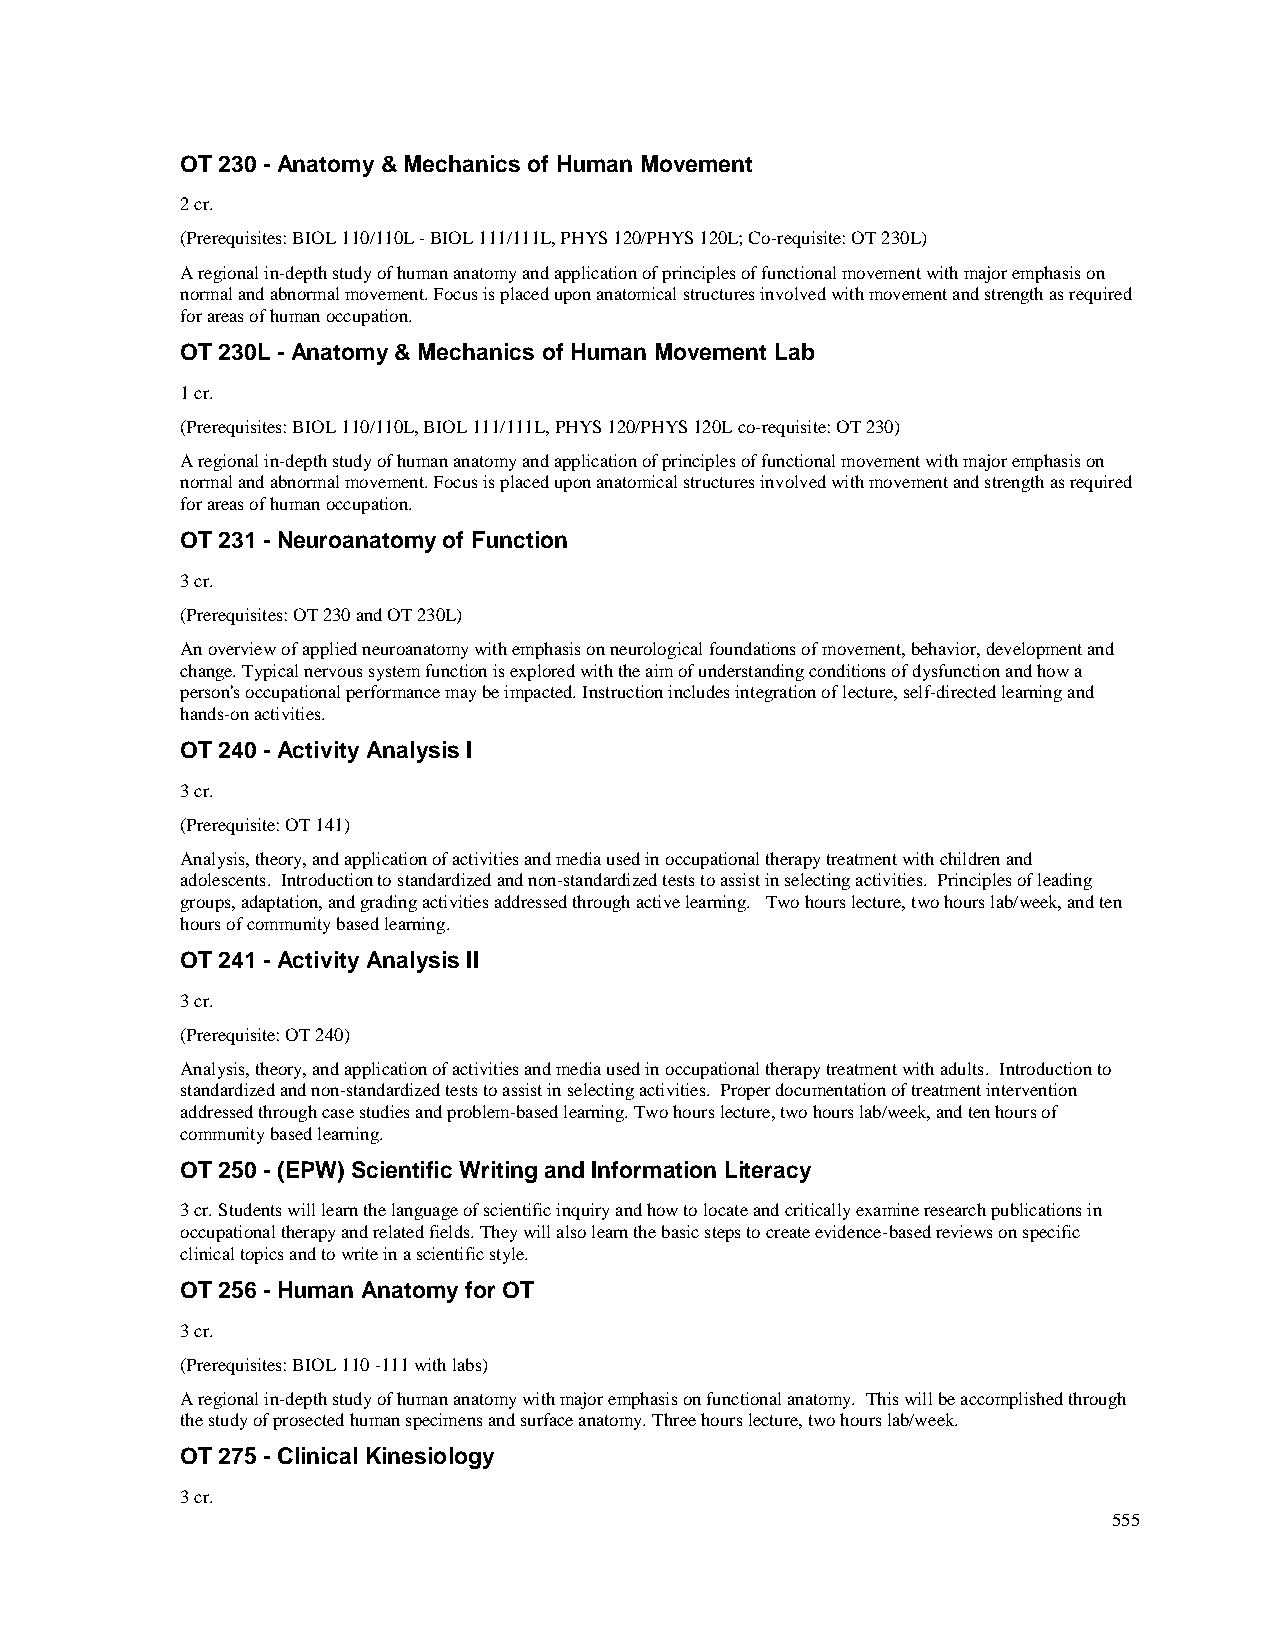
OT 230 - Anatomy & Mechanics of Human Movement
 2 cr.
 (Prerequisites: BIOL 110/110L - BIOL 111/111L, PHYS 120/PHYS 120L; Co-requisite: OT 230L)
 A regional in-depth study of human anatomy and application of principles of functional movement with major emphasis on
 normal and abnormal movement. Focus is placed upon anatomical structures involved with movement and strength as required
 for areas of human occupation.
 OT 230L - Anatomy & Mechanics of Human Movement Lab
 1 cr.
 (Prerequisites: BIOL 110/110L, BIOL 111/111L, PHYS 120/PHYS 120L co-requisite: OT 230)
 A regional in-depth study of human anatomy and application of principles of functional movement with major emphasis on
 normal and abnormal movement. Focus is placed upon anatomical structures involved with movement and strength as required
 for areas of human occupation.
 OT 231 - Neuroanatomy of Function
 3 cr.
 (Prerequisites: OT 230 and OT 230L)
 An overview of applied neuroanatomy with emphasis on neurological foundations of movement, behavior, development and
 change. Typical nervous system function is explored with the aim of understanding conditions of dysfunction and how a
 person's occupational performance may be impacted. Instruction includes integration of lecture, self-directed learning and
 hands-on activities.
 OT 240 - Activity Analysis I
 3 cr.
 (Prerequisite: OT 141)
 Analysis, theory, and application of activities and media used in occupational therapy treatment with children and
 adolescents. Introduction to standardized and non-standardized tests to assist in selecting activities. Principles of leading
 groups, adaptation, and grading activities addressed through active learning. Two hours lecture, two hours lab/week, and ten
 hours of community based learning.
 OT 241 - Activity Analysis II
 3 cr.
 (Prerequisite: OT 240)
 Analysis, theory, and application of activities and media used in occupational therapy treatment with adults. Introduction to
 standardized and non-standardized tests to assist in selecting activities. Proper documentation of treatment intervention
 addressed through case studies and problem-based learning. Two hours lecture, two hours lab/week, and ten hours of
 community based learning.
 OT 250 - (EPW) Scientific Writing and Information Literacy
 3 cr. Students will learn the language of scientific inquiry and how to locate and critically examine research publications in
 occupational therapy and related fields. They will also learn the basic steps to create evidence-based reviews on specific
 clinical topics and to write in a scientific style.
 OT 256 - Human Anatomy for OT
 3 cr.
 (Prerequisites: BIOL 110 -111 with labs)
 A regional in-depth study of human anatomy with major emphasis on functional anatomy. This will be accomplished through
 the study of prosected human specimens and surface anatomy. Three hours lecture, two hours lab/week.
 OT 275 - Clinical Kinesiology
 3 cr.
 555